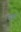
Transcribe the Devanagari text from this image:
पडुरा